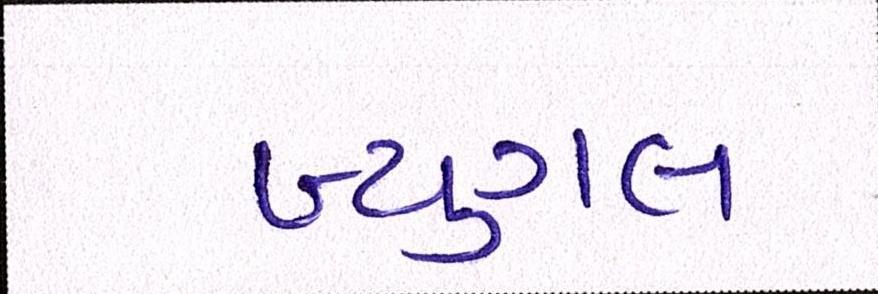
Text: બ્યુગલ